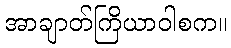
အာချာတ်ကြိယာဝါစက။